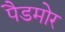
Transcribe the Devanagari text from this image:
पैडमोर